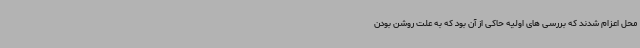
محل اعزام شدند که بررسی های اولیه حاکی از آن بود که به علت روشن بودن